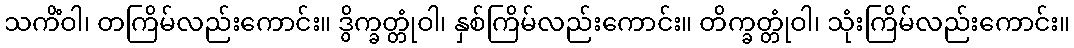
သကိံဝါ၊ တကြိမ်လည်းကောင်း။ ဒွိက္ခတ္တုံဝါ၊ နှစ်ကြိမ်လည်းကောင်း။ တိက္ခတ္တုံဝါ၊ သုံးကြိမ်လည်းကောင်း။